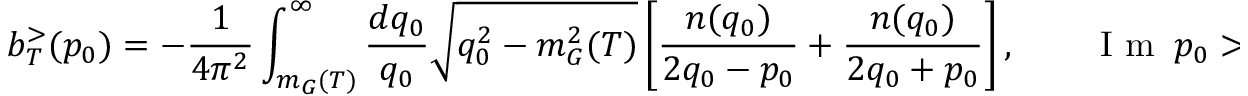
b _ { T } ^ { > } ( p _ { 0 } ) = - \frac { 1 } { 4 \pi ^ { 2 } } \int _ { m _ { G } ( T ) } ^ { \infty } \frac { d q _ { 0 } } { q _ { 0 } } \sqrt { q _ { 0 } ^ { 2 } - m _ { G } ^ { 2 } ( T ) } \left[ \frac { n ( q _ { 0 } ) } { 2 q _ { 0 } - p _ { 0 } } + \frac { n ( q _ { 0 } ) } { 2 q _ { 0 } + p _ { 0 } } \right] , \qquad \textrm { I m } ~ p _ { 0 } > 0 .